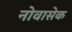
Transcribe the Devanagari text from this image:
नोवासेक